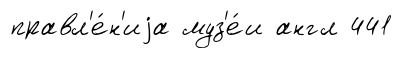
правл'е́н'иjа муз'е́и англ 441